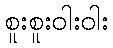
စူးစူးဝါးဝါး